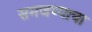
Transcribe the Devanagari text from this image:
समजण्याचा